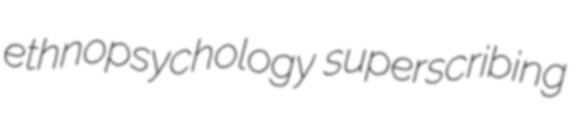
ethnopsychology superscribing